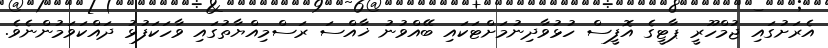
އެރަށުގައި ޖުމްހޫރީ ޕާޓީގެ އޮފީސް ހުޅުވާދިނުމަށްޓަކައި ބޭއްވުނު ޚާއްސަ ރަސްމިއްޔާތުގައި ވާހަކަފުޅު ދައްކަވަމުންނެވެ.